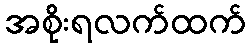
အစိုးရလက်ထက်